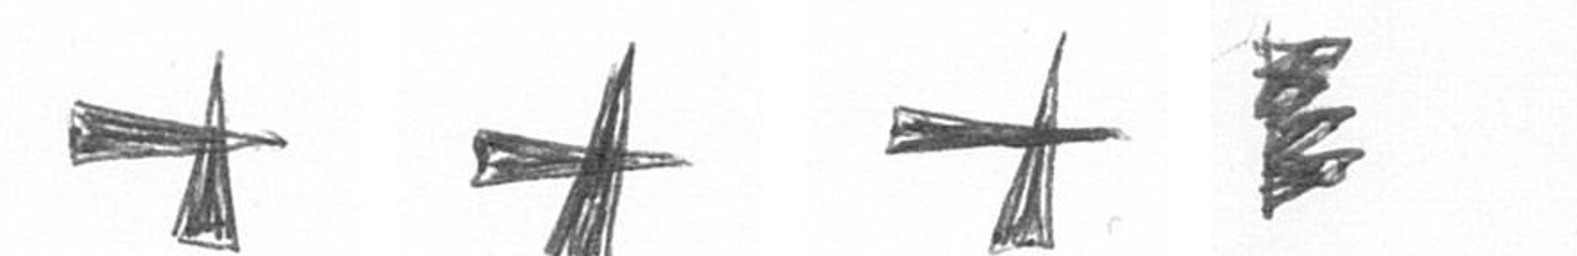
G G G H